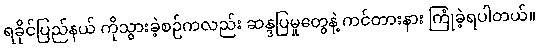
ရခိုင်ပြည်နယ် ကိုသွားခဲ့စဉ်ကလည်း ဆန္ဒပြမှုတွေနဲ့ ကင်တားနား ကြုံခဲ့ရပါတယ်။